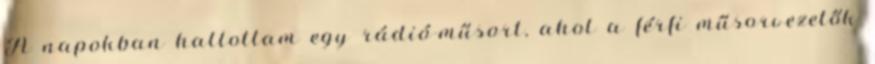
A napokban hallottam egy rádió-műsort, ahol a férfi műsorvezetők